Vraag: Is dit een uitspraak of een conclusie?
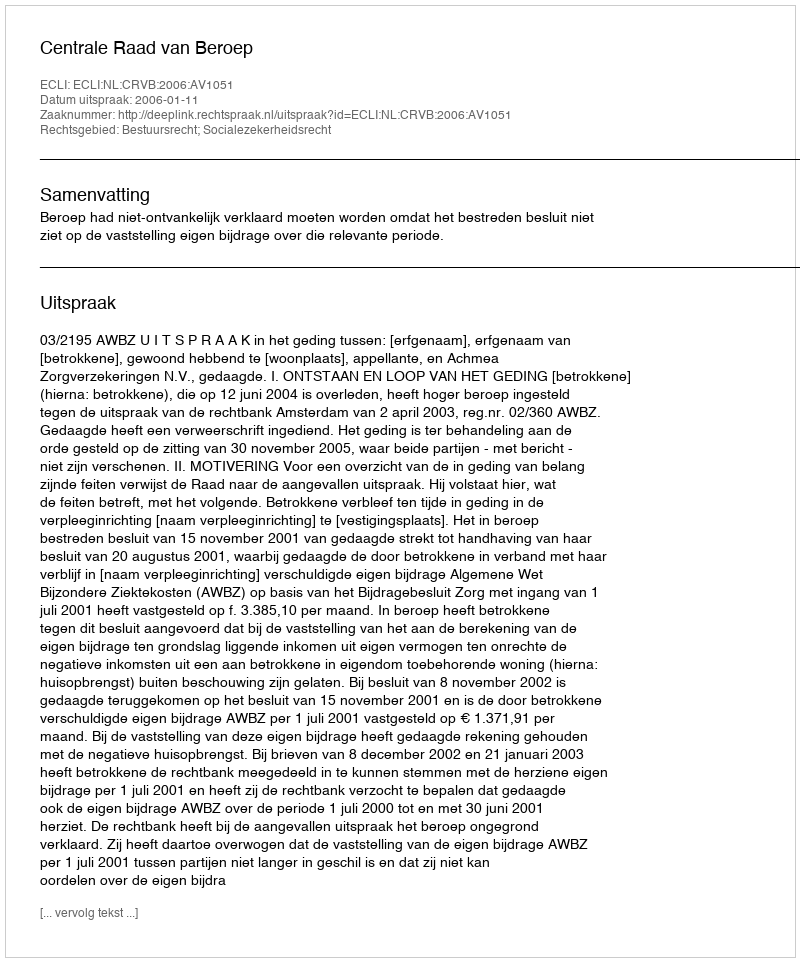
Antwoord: Uitspraak